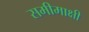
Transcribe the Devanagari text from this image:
समीमाक्षी